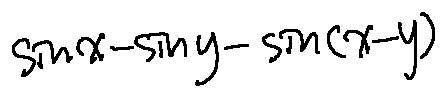
\sin x - \sin y - \sin ( x - y )